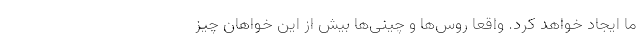
ما ایجاد خواهد کرد. واقعا روس‌ها و چینی‌ها بیش از این خواهان چیز